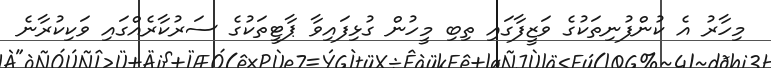
މިހާރު އެ ކުންފުނިތަކުގެ ވަޒީފާގައި ތިބި މީހުން ގުޅިފައިވާ ޕާޓީތަކުގެ ސަރުކާރެއްގައި ވަކިކުރާނެ